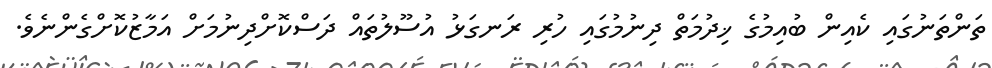
ތަންތަނުގައި ކެއިން ބުއިމުގެ ޚިދުމަތް ދިނުމުގައި ހުރި ރަނގަޅު އުސޫލުތައް ދަސްކޮށްދިނުމަށް އަމާޒުކޮށްގެންނެވެ.